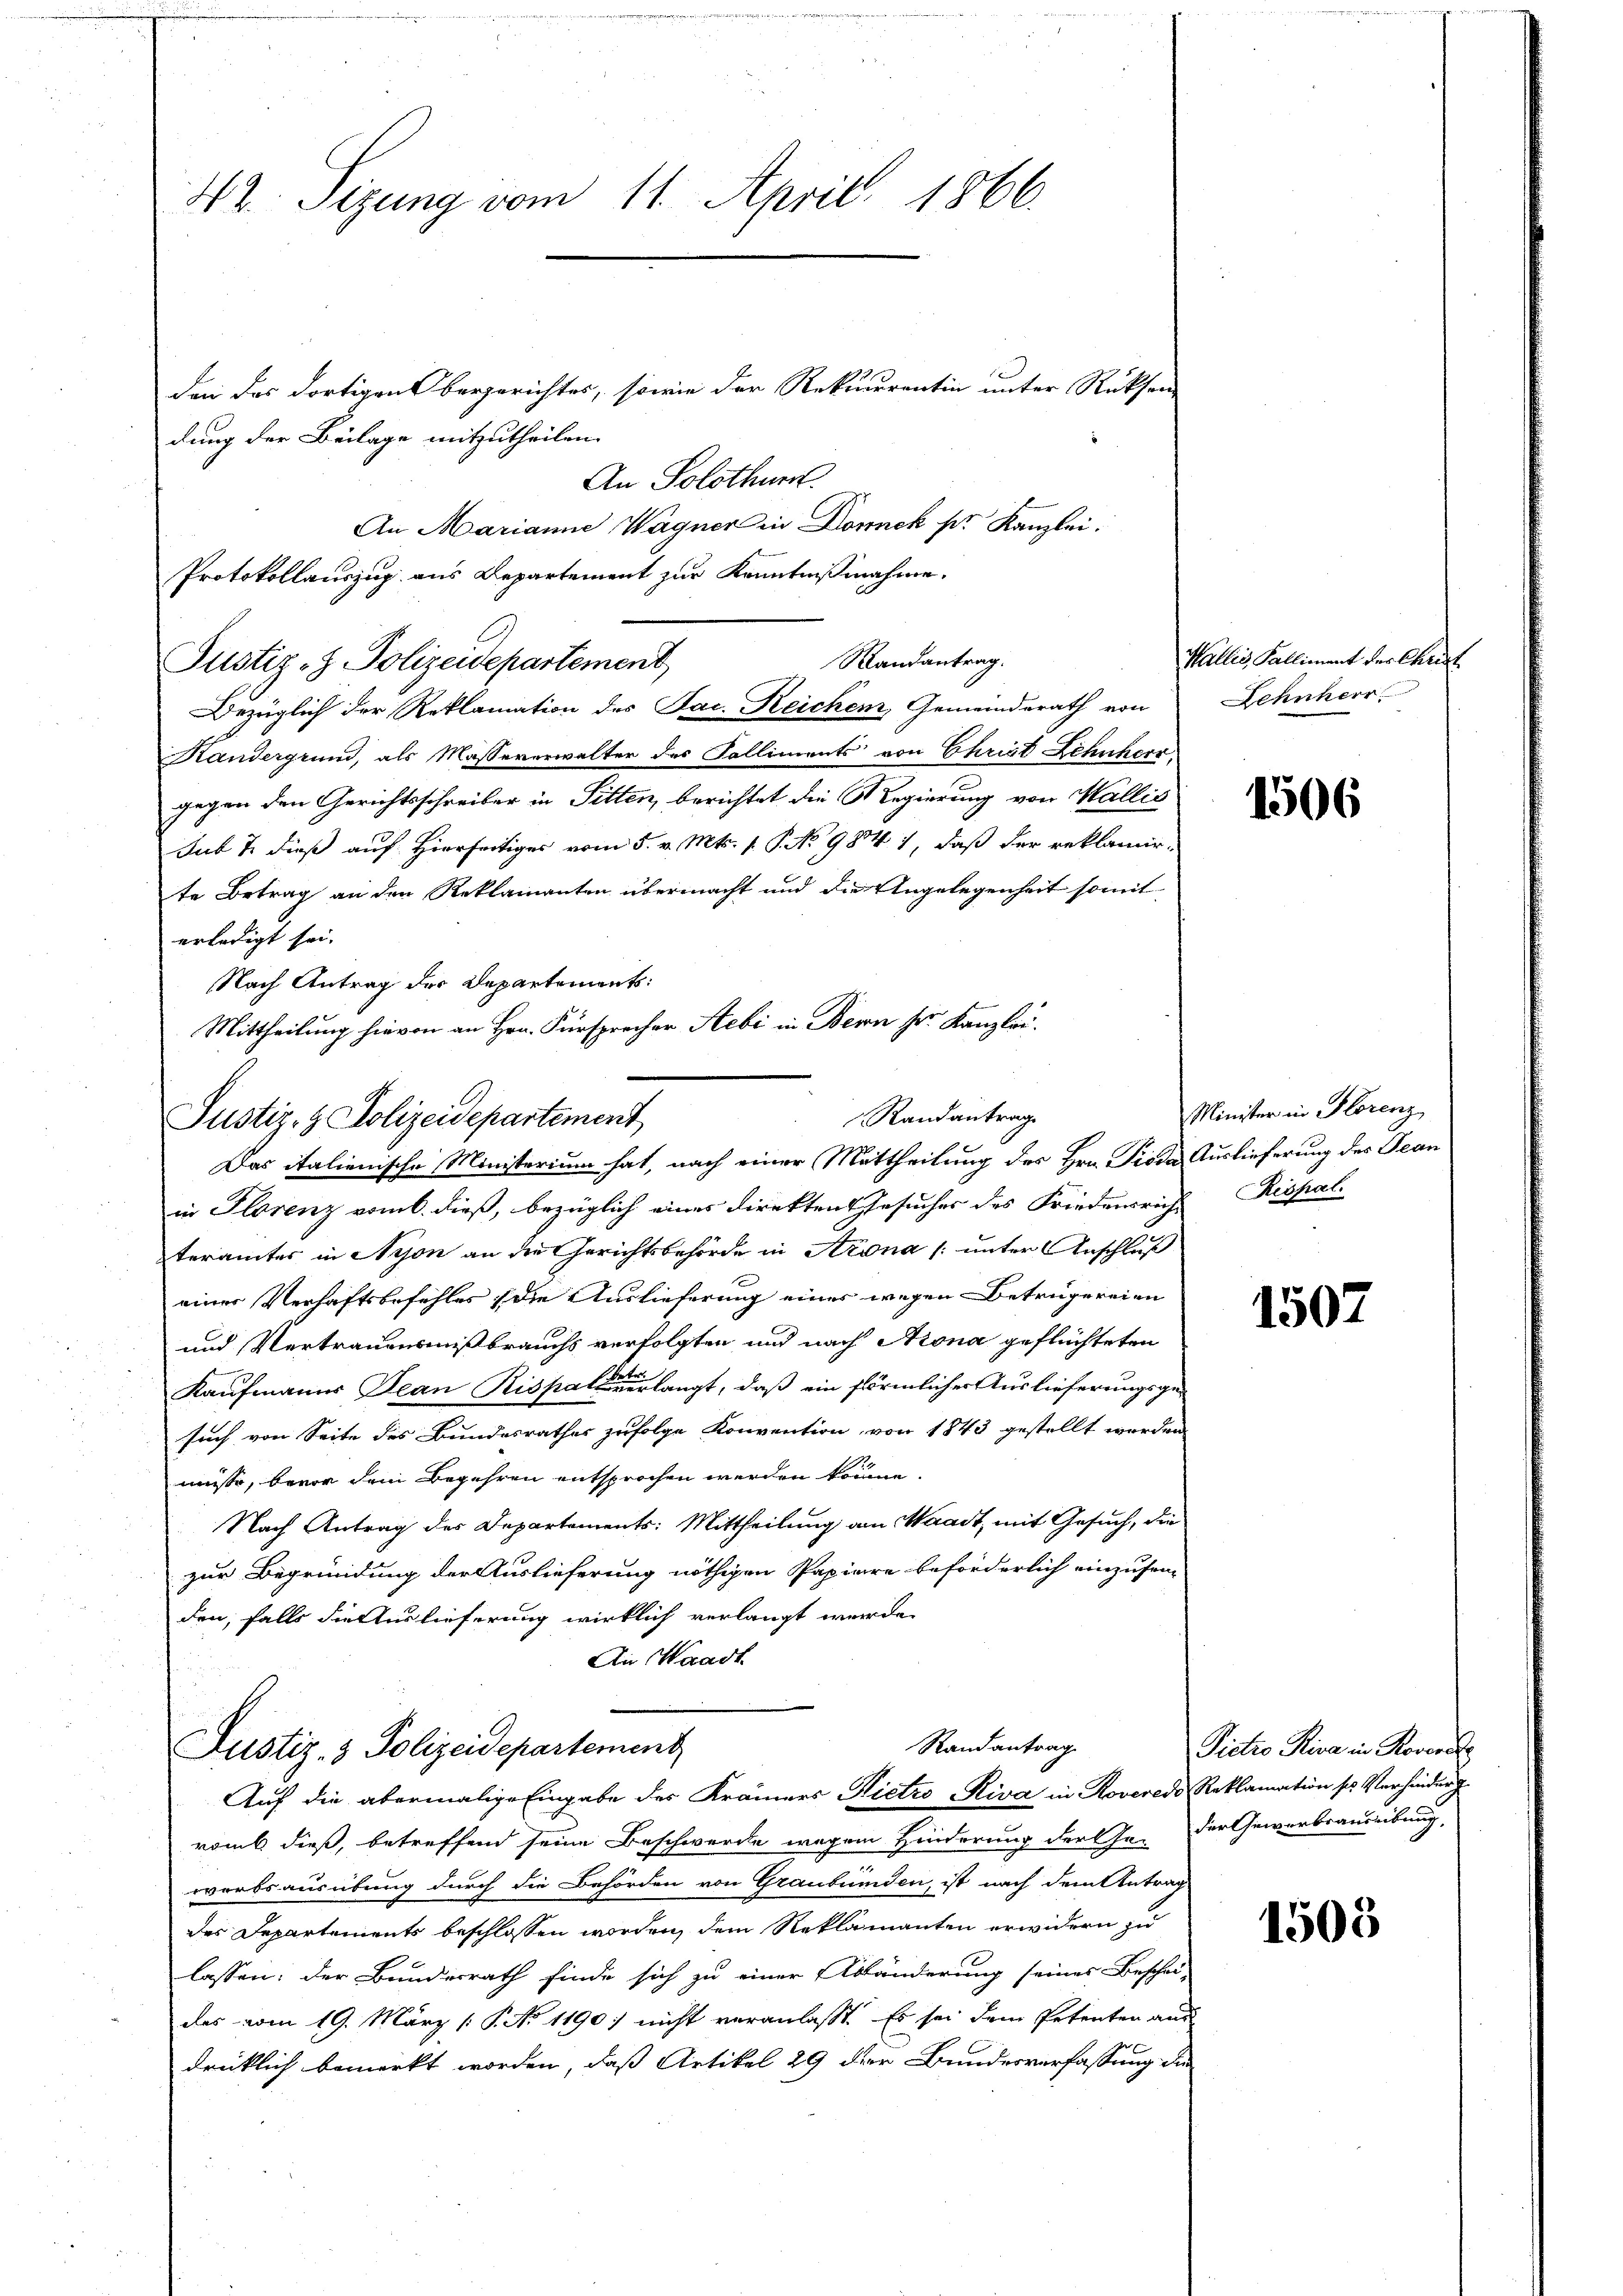
42. Sizung vom 11. April 1866.

den das dortigens bergerichtes, sowie der Rekurrentin unter Rücksen
dung der Beilage mitzutheilen.
An Solothur
An Marianne Wagner in Donnek pr. Kanzlei:
Protokollauszug aus Departement zur Kenntnißnahme.
Justiz- & Polizeidepartement,
Bezüglich der Reklamation des Jac. Reichem Gemeinderath von
Kandergrund, als Masseverwalter des Falliments von Christ Schuherr
gegen den Gerichtsschreiber in Pitten, berichtet die Regierung von Wallis
Jub & dieß auf Hierseitiges vom 5. v. Mts. 1. P. No 9834), daß der reklamirte Betrag an den Reklamanten übermacht und die Angelegenheit somit
erledigt sei.
Nach Antrag der Departements:
Mittheilung hievon an Hrn. Fürsprecher Hebi in Bern sr. Kanzlei.

Randantrag
Justiz- & Polizeidepartement
Das italienische Ministerium hat, nach einer Mittheilung des Hrn. Pioda Auslieferung des Bean

in Florenz vom 6. dieß, bezüglich eines direkten Gesucher des Friedensrich Rispal
terämter in Nyon an die Gerichtsbehörde in Arona /: unter Anschluß
einer Verhaftsbefehles (die Auslieferung einer wegen Betrügereien
und Vertrauensmißbrauchs verfolgten und nach Arona geflüchteten
Kaufmanns Jean Rispar langt, daß ein förmlicher Auslieferungsgesuch von Seite des Bundesrathes zufolge Konvention von 1843 gestellt worden
müsse, bevor dem Begehren entsprochen werden könne.
Nach Antrag des Departements: Mittheilung am Waadt, mit Gesuch, die
zur Begründung der Auslieferung nöthigen Papiere beförderlich einzusenden, falls die Auslieferung wirklich verlangt werde.
An Waadt
Randantrag
Justiz- & Polizeidepartement
Auf die abermalige Eingabe der Krämers Nietzo -Kiva in Roveredo Reklamation ses Verhindung
romb dieß, betreffend seine Beschwerde wegen Hinderung der Jeder Gewerbsausübung
werbsausübung durch die Behörden von Graubünden, ist nach dem Antrag
des Departements beschlossen worden, dem Reklamanten erwidern zu
lassen: der Bundesrath finde sich zu einer Abänderung seines Beschei-
das vom 19. März [P. No 1190) nicht veranlaßt. Es sei dem Petenten and
drücklich bemerkt worden, daß Artikel 29 der Bundesverfassung der

Mandantrag.

Wallis, Kalliment des Christ
Lehnherr

1506

Minister in Florenz

1507

Pietro Riva in Rovere

1505